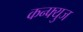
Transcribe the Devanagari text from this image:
कन्फ्युज